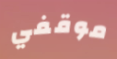
موقفي